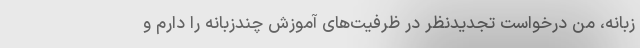
زبانه، من درخواست تجدیدنظر در ظرفیت‌های آموزش چندزبانه را دارم و